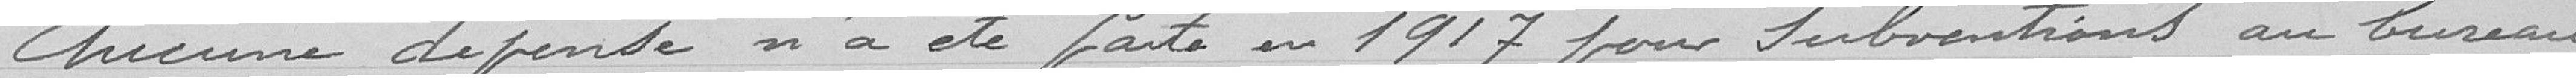
Aucune dépense n'a été faite en 1917 pour Subventions au bureau